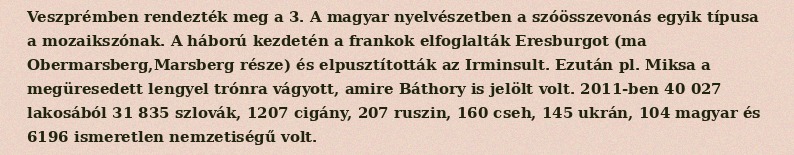
Veszprémben rendezték meg a 3. A magyar nyelvészetben a szóösszevonás egyik típusa a mozaikszónak. A háború kezdetén a frankok elfoglalták Eresburgot (ma Obermarsberg,Marsberg része) és elpusztították az Irminsult. Ezután pl. Miksa a megüresedett lengyel trónra vágyott, amire Báthory is jelölt volt. 2011-ben 40 027 lakosából 31 835 szlovák, 1207 cigány, 207 ruszin, 160 cseh, 145 ukrán, 104 magyar és 6196 ismeretlen nemzetiségű volt.